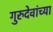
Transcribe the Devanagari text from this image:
गुरुदेवांच्या